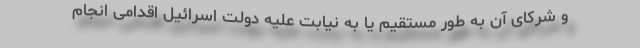
و شرکای آن به طور مستقیم یا به نیابت علیه دولت اسرائیل اقدامی انجام